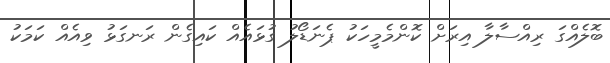
ބޮލެއްގަ ރިއްސާލާ އިރަށް ކޮންމެމީހަކު ޕެނަޑޯލު ގުޅައެއް ކައިގެން ރަނގަޅު ވިއެއް ކަމަކު